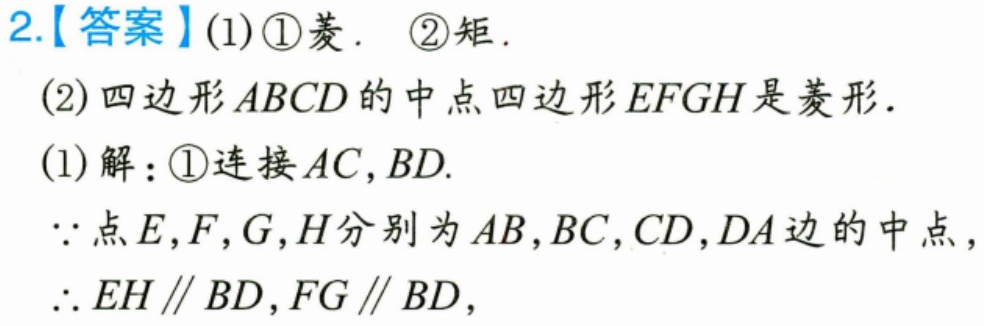
2.【答案】(1) \textcircled{1}菱. \textcircled{2}矩.
(2) 四边形$ABCD$的中点四边形$EFGH$是菱形.
(1) 解：\textcircled{1}连接$AC,BD$.
$\because$点$E,F,G,H$分别为$AB,BC,CD,DA$边的中点，
$\therefore EH\parallel BD,FG\parallel BD$，